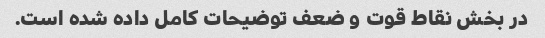
در بخش نقاط قوت و ضعف توضیحات کامل داده شده است.